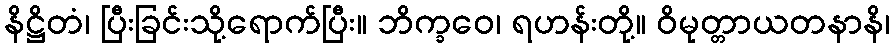
နိဋ္ဌိတံ၊ ပြီးခြင်းသို့ရောက်ပြီး။ ဘိက္ခဝေ၊ ရဟန်းတို့။ ဝိမုတ္တာယတနာနိ၊